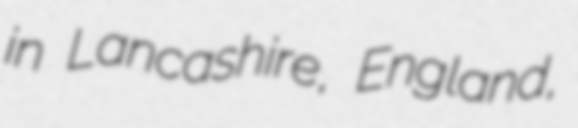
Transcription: in Lancashire, England,